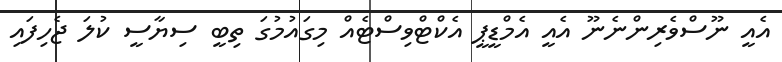
އެއީ ނޫސްވެރިންނެނޫ އެއީ އެމްޑީޕީ އެކްޓްވިސްޓެއް މިގައުމުގަ ތިބީ ސިޔާސީ ކުލަ ޖެހިފައި